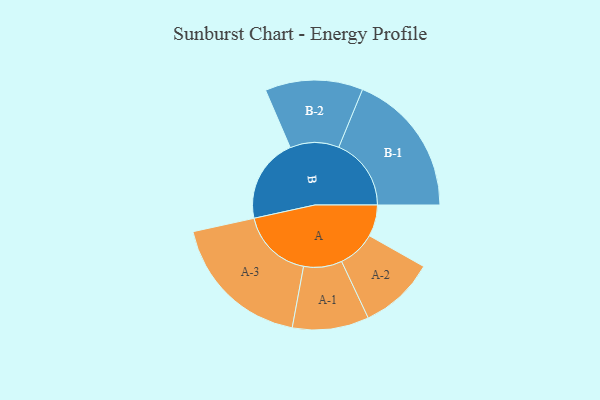
{"axis": {"x": "Segment", "y": "Value"}, "legend": ["", "A", "B"], "data": [{"x": "A", "y": 122, "type": ""}, {"x": "B", "y": 327, "type": ""}, {"x": "A-1", "y": 148, "type": "A"}, {"x": "A-2", "y": 146, "type": "A"}, {"x": "A-3", "y": 278, "type": "A"}, {"x": "B-1", "y": 280, "type": "B"}, {"x": "B-2", "y": 189, "type": "B"}]}